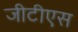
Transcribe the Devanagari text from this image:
जीटीएस